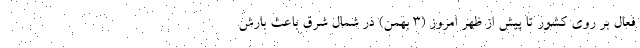
فعال بر روی کشور تا پیش از ظهر امروز (۳ بهمن) در شمال شرق باعث بارش